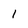
Character: 1